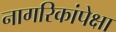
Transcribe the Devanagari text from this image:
नागरिकांपेक्षा